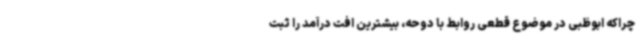
چراکه ابوظبی در موضوع قطعی روابط با دوحه، بیشترین افت درآمد را ثبت